Vaccination in Bombay 1913-1923 - 1913-1923
Year: 1913
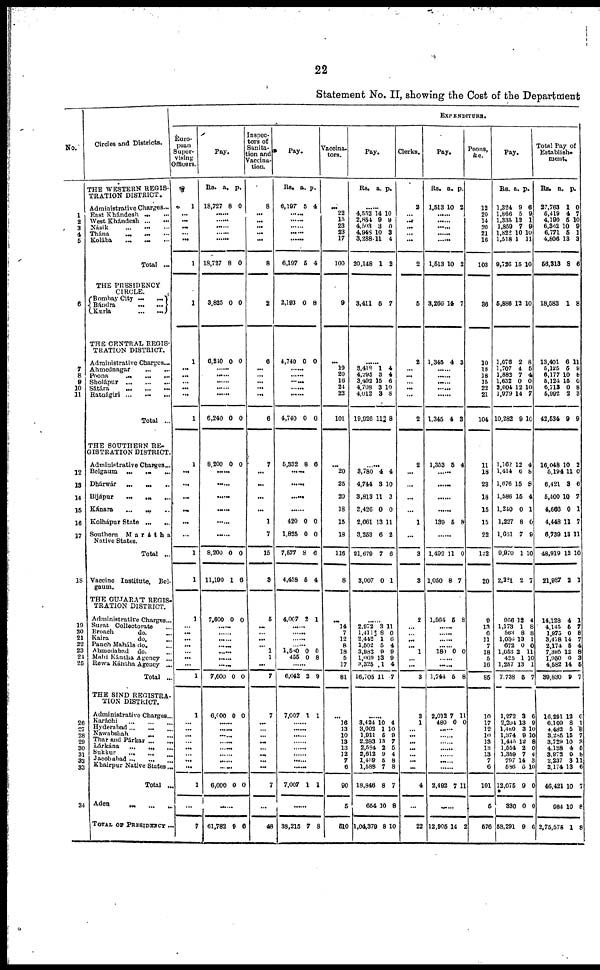
22
Statement No. II, showing the Cost of the Department
No.
1
2
3
4
5
6
7
8
9
10
11
12
13
14
15
16
17
18
19
20
21
22
23
24
25
26
27
28
29
30
31
32
33
34
Circles and Districts.
THE WESTERN REGIS-
TRATION DISTRICT.
Administrative Charges ...
East Khándesh ... ...
West Khándesh
...
...
Násik
...
...
...
Thána
...
...
...
Kolába ... ... ...
Total ...
THE PRESIDENCY
CIRCLE.
Bombay City
...
...
Bándra
...
...
Kurla
...
...
THE CENTRAL REGIS-
TRATION DISTRICT.
Administrative Charges...
Ahmednagar
...
...
Poona ... ... ... ...
Sholápur
...
...
...
Sátára ... ... ...
Ratnágiri ... ... ...
Total ...
THE SOUTHERN RE-
GISTRATION DISTRICT.
Administrative Charges...
Belgaum
...
...
...
Dhárwár ... ... ...
Bijápur
...
...
...
Kánara ... ... ...
Kolhápur State
...
...
Southern
Marátha
Native States.
Total ...
Vaccine Institute, Bel-
gaum.
THE GUJARAT REGIS-
TRATION DISTRICT.
Administrative Charges...
Surat Collectorate ...
Broach
do. ...
Kaira
do. ...
Panch Maháls do. ...
Ahmedabad
do. ...
Mahi Kántha Agency ...
Rewa Kántha Agency ...
Total ...
THE SIND REGISTRA-
TION DISTRICT.
Administrative Charges...
Karáchi
...
...
...
Hyderabad... ... ...
Nawabshah ... ... ...
Thar and Párkar ... ...
Lárkána
...
...
...
Sukkur ... ... ...
Jacobabad
...
...
...
Khairpur Native States ...
Total ...
Aden ... ... ...
TOTAL OF PRESIDENCY ...
EXPENDITURE.
Euro-
pean
Super-
vising
Officers.
1
...
...
...
...
...
1
1
1
...
...
...
...
...
1
1
...
...
...
...
...
...
1
1
1
...
...
...
...
...
...
...
1
1
... ...
...
...
...
... ...
...
1
...
7
Pay.
Rs.
18,727
a.
8
p.
0
......
......
18,727 8 0
3,825 0 0
6,240 0 0
...... ......
......
......
6,240 0 0
8,200 0 0
......
......
......
......
......
......
8,200
11,190
0
1
0
6
7,600 0 0
......
......
...... ......
......
......
......
7,600 0 0
6,000 0 0
...... ......
......
......
......
...... ......
......
6,000
0 0
......
61,782
9 6
Inspec-
tors of
Sanita-
tion and
Vaccina-
tion.
8
...
...
...
...
...
8
2
6
...
...
...
...
...
6
7
...
...
...
...
1
7
15
3
5
...
... ...
... 1
1
...
7
7
...
... ...
...
...
... ...
...
7
...
48
Pay.
Rs.
6,197
a.
5
p.
4
......
......
...... ......
......
6,197 5 4
2,193 0 8
4,740 0 0
......
......
......
...... ......
4,740 0 0
5,332 8 6
......
......
......
......
420
1,825
7,577
4,458
0
0
8
5
0
0
6
4
4,007 2 1
......
......
......
...... 1,580
455
0
0
0
8
6,042 2 9
7,007 1 1
...... ......
......
......
......
......
......
7,007 1 1
......
38,215 7 8
Vaccina-
tors.
...
22
15
23
23
17
100
9
...
19
20
16
24
22
101
...
20
25
20
18
15
18
116
8
...
14
7
12
8
18
5
17
81
...
16
13
10
13
13
12
7
6
90
5
510
Pay.
Rs. a. p.
4,552
2,854
4,503
4,948
3,288
20,148
14
9
3
10
11
1
10
9
0
3
4
2
3,411 5 7
......
3,418
4,295
3,492
4,708
4,012
19,926
1
3
15
3
3
11
4
4
6
10
8
8
3,780
4,744
3,813
3,426
2,661
3,253
21,679
3,007
4
3
11
0
13
6
7
0
4
10
3
0
11
2
6
1
......
2,972
1,411
2,442
1,502
3,982
1,069
3,325
16,705
3
8
1
5
9
13
1
11
11
0
6
4
9
9
4
7
......
3,424
3,002
1,911
2,283
2,584
2,612
1,439
1,588
18,846
654
1,04,379
10
1
5
13
2
9
5
7
8
10
8
4
10
9
7
5
4
8
8
7
8
10
Clerks.
2
... ...
...
... ...
2
5
2
...
...
... ...
...
2
2
...
...
...
...
1
...
3
3
2
... ...
...
... 1
... ...
3
3
1
... ...
...
...
...
...
...
4
...
22
Pay.
Rs.
1,513
a.
10
p.
2
......
......
......
......
......
1,513 10 2
3,266 14 7
1,345 4 3
......
......
......
......
......
1,345 4 3
1,353 5 4
......
......
......
139 5 8
1,492
1,050
11
8
0
7
1,504 5 8
......
......
...... 180 0 0
......
......
1,744 5 8
2,012
480
7
0
11
0
......
......
......
......
......
......
2,492 7 11
......
12,905 14 2
Peons,
&c.
12
20
14
20
21
16
103
86
10
18
18
15
22
21
104
11
18
23
18
15
15
22
122
20
9
13
6
11
7
18
5
16
85
10
17
12
10
13
13
13
7
6
101
5
576
Pay.
Rs.
1,324
1,866
1,335
1,859
1,822
1,518
9,726
a.
9
5
12
7
10
1
15
p.
6
9
1
9
10
11
10
5,886 12 10
1,076
1,707
1,882
1,632
2,004
1,979
10,282
2
4
7
0
12
14
9
8
5
4
0
10
7
10
1,162
1,414
1,676
1,586
1,240
1,227
1,631
9,970
2,281
12
6
15
15
0
8
7
1
2
4
8
8
4
1
0
9
10
7
956
1,173
563
1,036
672
1,653
425
1,257
7,738
12
1
8
13
0
2
1
13
5
4
8
8
1
0
11
10
1
7
1,272
2,204
1,480
1,374
1,445
1,554
1,359
797
586
12,075
330
58,291
3
13
3
9
12
2
7
14
5
9
0
9
6
9
10
10
8
0
4
3
10
0
0
6
Total Pay of
Establish-
ment.
Rs.
27,763
6,419
4,190
6,362
6,771
4,806
56,313
a.
1
4
5
10
5
13
8
p.
0
7
10
9
1
3
6
18,583 1 8
13,401
5,125
6,177
5,124
6,713
5,992
42,534
6
5
10
15
0
2
9
11
9
8
6
8
3
9
16,048
5,194
6,421
5,400
4,666
4,448
6,739
48,919
21,987
10
11
3
10
0
11
13
12
2
2
0
6
7
1
7
11
10
1
14,128
4,145
1,975
3,478
2,174
7,395
1,950
4,582
39,830
4
5
0
14
5
12
0
14
9
1
7
8
7
4
8
3
5
7
16,291
6,109
4,482
3,285
3,729
4,138
3,973
2,237
2,174
46,421
984
2,75,575
12
8
5
15
10
4
0
3
13
10
10
1
6
1
8
7
3
5
8
11
6
7
8
8